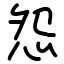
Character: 怨